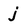
Character: j